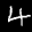
Label: 4